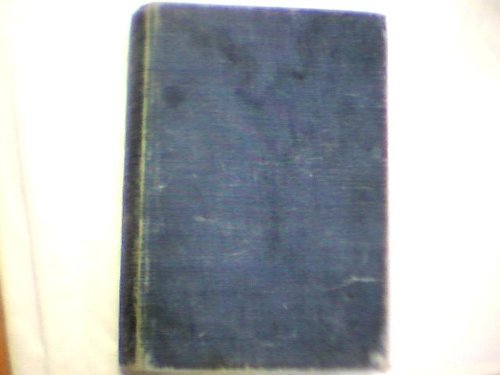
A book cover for Thames to Tahiti (The Mariners library); Sidney Howard; Travel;